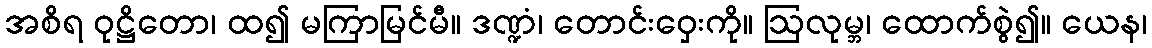
အစိရ ဝုဋ္ဌိတော၊ ထ၍ မကြာမြင်မီ။ ဒဏ္ဍံ၊ တောင်းဝှေးကို။ ဩလုမ္ဘ၊ ထောက်စွဲ၍။ ယေန၊